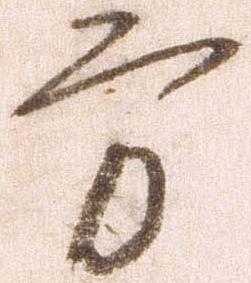
方